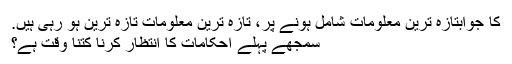
کا جوابتازہ ترین معلومات شامل ہونے پر، تازہ ترین معلومات تازہ ترین ہو رہی ہیں.
سمجھے پہلے احکامات کا انتظار کرنا کتنا وقت ہے؟